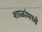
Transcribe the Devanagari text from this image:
शाळांमध्‍ये